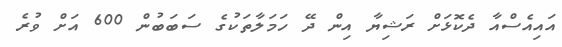
އައިއެސްއާ ދެކޮޅަށް ރަޝިޔާ އިން ދޭ ހަމަލާތަކުގެ ސަބަބުން 600 އަށް ވުރެ